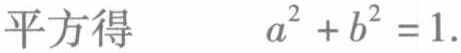
平方得 \(a^{2}+b^{2}=1\).